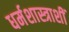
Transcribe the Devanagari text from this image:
धर्मशास्त्राशीं